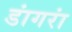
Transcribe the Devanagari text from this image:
डांगरां